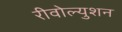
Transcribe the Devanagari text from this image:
रीवोल्युशन